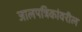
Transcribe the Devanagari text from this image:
जालपत्रिकांवरील